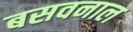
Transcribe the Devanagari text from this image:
बसवनाल